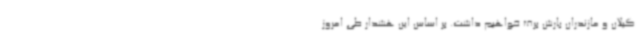
گیلان و مازندران بارش برف خواهیم داشت. بر اساس این هشدار طی امروز